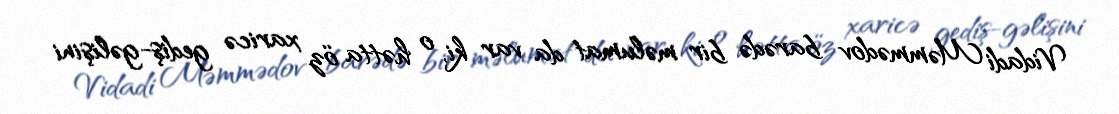
Vidadi Məmmədov barədə bir məlumat da var ki, o hətta öz xaricə gediş-gəlişini